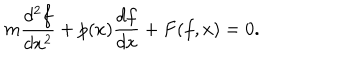
m \frac { d ^ { 2 } f } { d x ^ { 2 } } + p ( x ) \frac { d f } { d x } + F ( f , x ) = 0 .